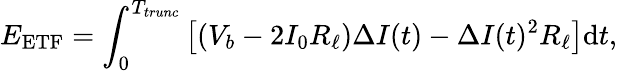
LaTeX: E_{\mathrm{ETF}}=\int_{0}^{T_{trunc}}\left[(V_{b}-2I_{0}R_{\ell})\Delta I(t)-\Delta I(t)^{2}R_{\ell}\right]\mathrm{d}t,